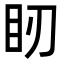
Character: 䀔